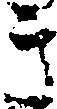
き